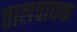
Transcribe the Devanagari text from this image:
तालवाद्यक